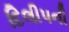
દિલીપની